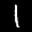
Label: 1